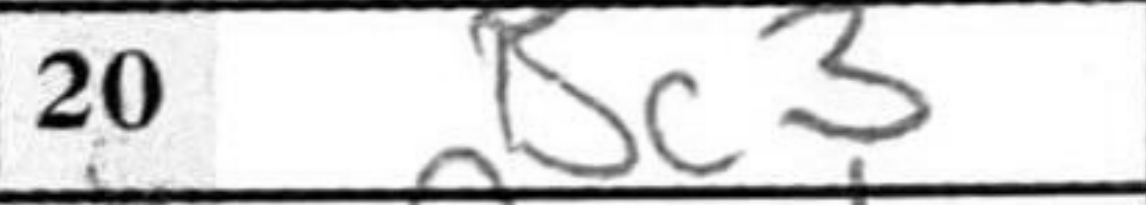
Transcription: Bc3